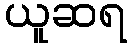
ယူဆရ